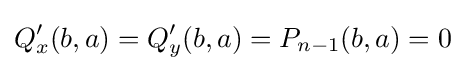
Q'_{x}(b,a)=Q'_{y}(b,a)=P_{n-1}(b,a)=0